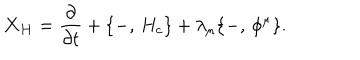
{ \bf X _ { H } } = { \frac { \partial } { \partial t } } + \{ - , \, H _ { c } \} + \lambda _ { \mu } \{ - , \, \phi ^ { \mu } \} .